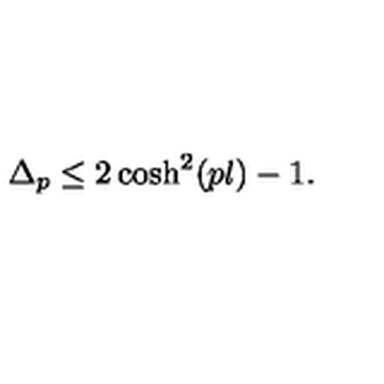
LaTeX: \Delta _ { p } \leq 2 \cosh ^ { 2 } ( p l ) - 1 .